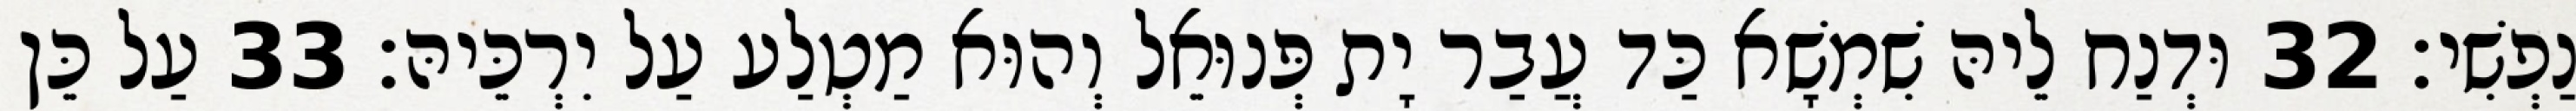
נַפְשִׁי׃ 32 וּדְנַח לֵיהּ שִׁמְשָׁא כַּד עֲבַר יָת פְּנוּאֵל וְהוּא מַטְלַע עַל יִרְכֵּיהּ׃ 33 עַל כֵּן